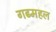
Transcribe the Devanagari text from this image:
गढमहल